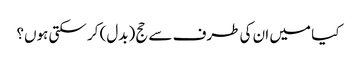
کیا میں ان کی طرف سے حج (بدل) کر سکتی ہوں؟